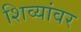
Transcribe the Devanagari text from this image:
शिव्यांवर